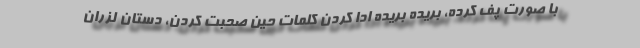
با صورت پف کرده، بریده بریده ادا کردن کلمات حین صحبت کردن، دستان لزران